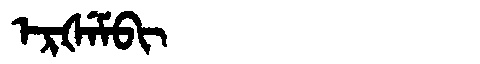
Manchu: ᡝᡵᡧᡝᠮᠪᡳ
Romanization: ERŠEMBI